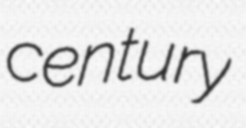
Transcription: century